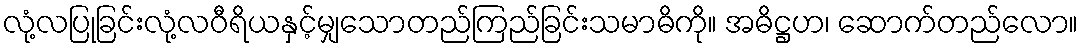
လုံ့လပြုခြင်းလုံ့လဝီရိယနှင့်မျှသောတည်ကြည်ခြင်းသမာဓိကို။ အဓိဋ္ဌဟ၊ ဆောက်တည်လော။